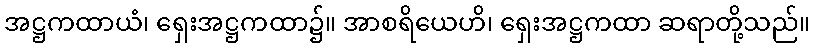
အဋ္ဌကထာယံ၊ ရှေးအဋ္ဌကထာ၌။ အာစရိယေဟိ၊ ရှေးအဋ္ဌကထာ ဆရာတို့သည်။